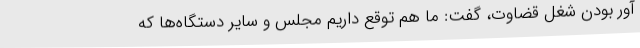
آور بودن شغل قضاوت، گفت: ما هم توقع داریم مجلس و سایر دستگاه‌ها که